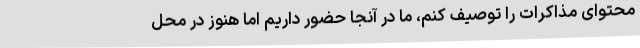
محتوای مذاکرات را توصیف کنم، ما در آنجا حضور داریم اما هنوز در محل